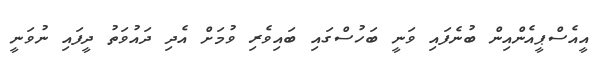
އީއެސްޕީއެންއިން ބުނެފައި ވަނީ ބަހުސްގައި ބައިވެރި ވުމަށް އެދި ދައުވަތު ދީފައި ނުވަނީ